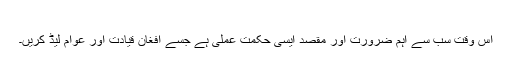
​
اس وقت سب سے اہم ضرورت اور مقصد ايسی حکمت عملی ہے جسے افغان قيادت اور عوام ليڈ کريں۔